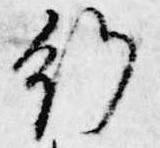
行